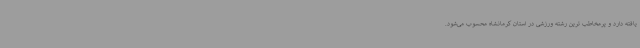
یافته دارد و پرمخاطب ترین رشته ورزشی در استان کرمانشاه محسوب می‌شود.